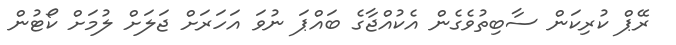
ރޭޕް ކުރިކަން ސާބިތުވެގެން އެކުއްޖާގެ ބައްޕަ ނުވަ އަހަރަށް ޖަލަށް ލުމަށް ކޯޓުން